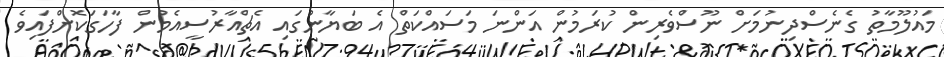
މައުލޫމާތު ގެނެސްދިނުމަށް ނޫސްވެރިން ކުރަމުން އަންނަ މަސައްކަތް އެ ބަޔާނުގައި އެޗްއާރުސީއެމުން ފާހަގަކޮށްފައިވެ